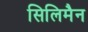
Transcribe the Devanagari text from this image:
सिलिमैन